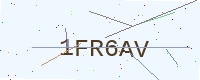
Text: 1FR6AV